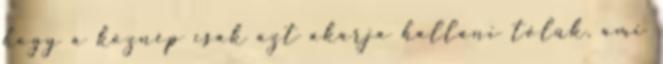
hogy a köznép csak azt akarja hallani tőlük, ami